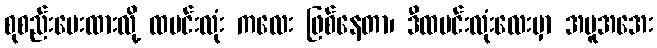
စုစည်းပေးထားလို့ ထမင်းလုံး ကလေး ဖြစ်နေတာ၊ ဒီထမင်းလုံးလေးမှာ အပူအအေး